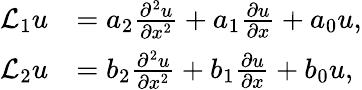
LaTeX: \begin{array}{rl}{\mathcal{L}_{1}u}&{=a_{2}\frac{\partial^{2}u}{\partial x^{2}}+a_{1}\frac{\partial u}{\partial x}+a_{0}u,}\\ {\mathcal{L}_{2}u}&{=b_{2}\frac{\partial^{2}u}{\partial x^{2}}+b_{1}\frac{\partial u}{\partial x}+b_{0}u,}\end{array}